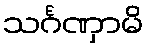
သင်္ဂဏှာမိ